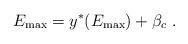
LaTeX: \begin{align*} E_{\max}=y^*(E_{\max}) + \beta_c\ .\end{align*}